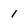
Character: 1